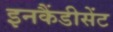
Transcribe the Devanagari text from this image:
इनकैंडीसेंट